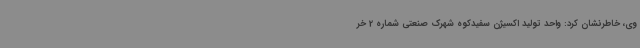
وی، خاطرنشان کرد: واحد تولید اکسیژن سفیدکوه شهرک صنعتی شماره 2 خر